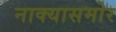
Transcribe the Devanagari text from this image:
नाक्‍यासमोर